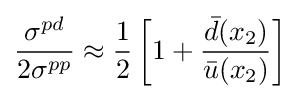
{\frac {\sigma ^{pd}}{2\sigma ^{pp}}}\approx {\frac {1}{2}}\left[1+{\frac {{\bar {d}}(x_{2})}{{\bar {u}}(x_{2})}}\right]